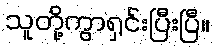
သူတို့ကွာရှင်းပြီးပြီ။